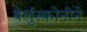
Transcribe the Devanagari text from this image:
बेर्लुस्कोनीने